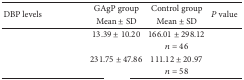
<table><thead><tr><td rowspan="2"><b>DBP levels</b></td><td><b>GAgP group</b></td><td><b>Control group </b></td><td rowspan="2"><b><i>P</i> value</b></td></tr><tr><td><b>Mean ± SD</b></td><td><b>Mean ± SD</b></td></tr></thead><tbody><tr><td rowspan="2">[EMPTY_CELL]</td><td>13.39 ± 10.20</td><td>166.01 ± 298.12</td><td rowspan="2">[EMPTY_CELL]</td></tr><tr><td>[EMPTY_CELL]</td><td><i>n</i> = 46</td></tr><tr><td rowspan="2">[EMPTY_CELL]</td><td>231.75 ± 47.86</td><td>111.12 ± 20.97</td><td rowspan="2">[EMPTY_CELL]</td></tr><tr><td>[EMPTY_CELL]</td><td><i>n</i> = 58</td></tr></tbody></table>